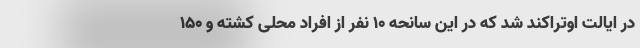
در ایالت اوتراکند شد که در این سانحه ۱۰ نفر از افراد محلی کشته و ۱۵۰